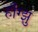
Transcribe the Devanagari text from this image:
हॉँग्झु